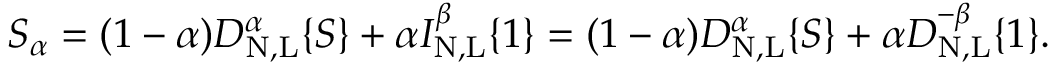
\begin{array} { r } { S _ { \alpha } = ( 1 - \alpha ) D _ { \mathrm { N , L } } ^ { \alpha } \{ { S \} } + \alpha I _ { \mathrm { N , L } } ^ { \beta } \{ { 1 \} } = ( 1 - \alpha ) D _ { \mathrm { N , L } } ^ { \alpha } \{ { S \} } + \alpha D _ { \mathrm { N , L } } ^ { - \beta } \{ { 1 \} } . } \end{array}